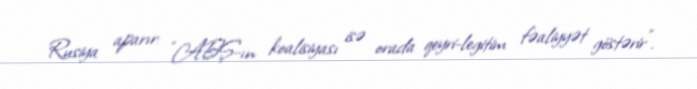
Rusiya aparır: “ABŞ-ın koalisiyası isə orada qeyri-legitim fəaliyyət göstərir”.